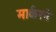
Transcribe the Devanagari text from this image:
मार्करने